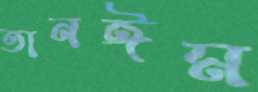
তানঈম